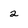
Character: 2